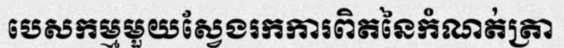
បេសកម្មមួយស្វែងរកការពិតនៃកំណត់ត្រា